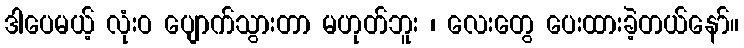
ဒါပေမယ့် လုံးဝ ပျောက်သွားတာ မဟုတ်ဘူး ၊ လေးတွေ ပေးထားခဲ့တယ်နော်။